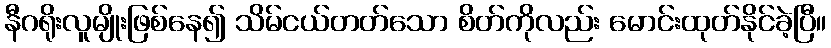
နီဂရိုးလူမျိုးဖြစ်နေ၍ သိမ်ငယ်တတ်သော စိတ်ကိုလည်း မောင်းထုတ်နိုင်ခဲ့ပြီ။